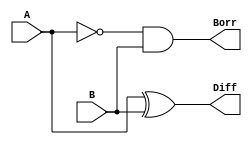
module halfsubtractor(A,B,Diff,Borr);
  input A,B;
  output Diff,Borr;
  assign Diff=A^B,Borr=(~A)&B;
endmodule